Lunatic asylums Central Provinces reports 1886-1894 - 1886-1894
Year: 1886
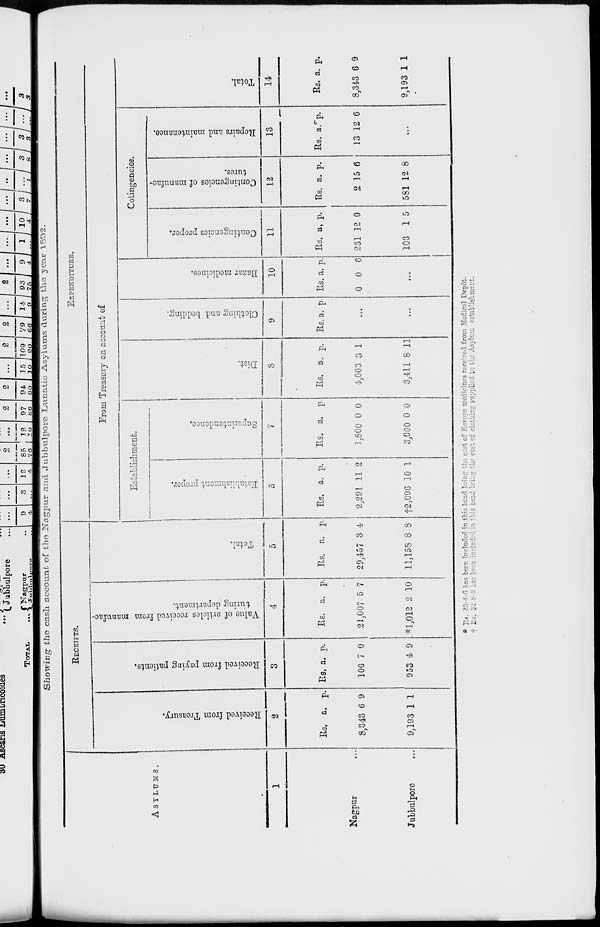
Showing the cash account of the Nagpur and Jubbulpore Lunatic Asylums during the year 1892.
ASYLUMS.
1
Nagpur...
Jubbulpore...
RECEIPTS.
Received from Treasury.
2
Rs.
8,343
9,193
a.
6
1
p.
9
1
Received from paying patients.
3
Rs.
106
953
a.
7
4
p.
0
9
Value of articles received from manufac-
turing department.
4
Rs.
21,007
*1,012
a.
5
2
p.
7
10
Total.
5
Rs.
29,457
11,158
a.
3
8
p.
4
8
EXPENDITURE.
From Treasury on account of
Establishment.
Establishment proper.
6
Rs.
2,291
†2,096
a.
11
10
p.
2
1
Superintendence.
7
Rs.
1,800
3,000
a.
0
0
p.
0
0
Diet.
8
Rs.
4,003
3,411
a.
3
8
p.
1
11
Clothing and bedding.
9
Rs. a. p.
...
...
Bazar medicines.
10
Rs.
0
a.
0
p.
6
...
Cotingencies.
Contingencies proper.
11
Rs.
231
103
a.
12
1
p.
0
5
Contingencies of manufac-
tures.
12
Rs.
2
581
a.
15
12
p.
6
8
Repairs and maintenance.
13
Rs.
13
a.
12
p.
6
...
Total.
14
Rs.
8,343
9,193
a.
6
1
p.
9
1
* Rs. 33-4-6 has been included in this head being the cost of Europe medicines received from Medical Depôt.
† Rs. 32-8-9 has been included in this head being the cost of clothing supplied to the Asylum establishment.